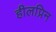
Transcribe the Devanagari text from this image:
हीलप्रिन